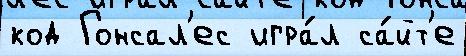
код Гонсал'ес игра́л са́йт'е